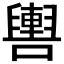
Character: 𲄻